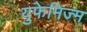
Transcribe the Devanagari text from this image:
युफेमिज्म